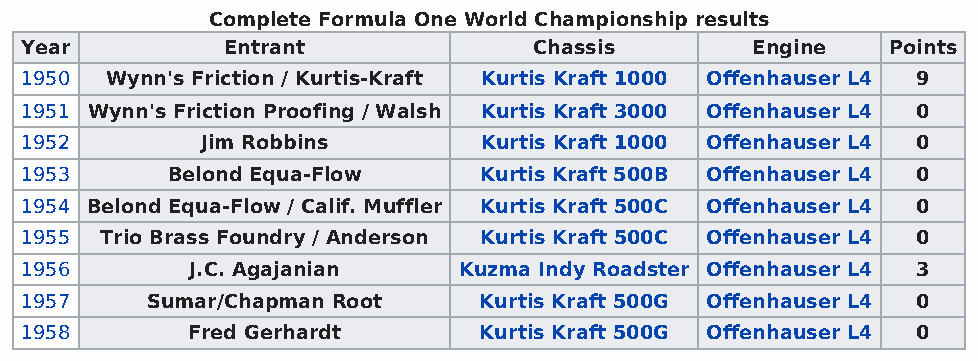
Complete Formula One World Championship results
 Year          Entrant             Chassis        Engine   Points
 1950  Wynn's Friction / Kurtis-Kraft Kurtis Kraft 1000 Offenhauser L4 9
 1951 Wynn's Friction Proofing / Walsh Kurtis Kraft 3000 Offenhauser L4 0
 1952        Jim Robbins        Kurtis Kraft 1000 Offenhauser L4 0
 1953      Belond Equa-Flow     Kurtis Kraft 500B Offenhauser L4 0
 1954 Belond Equa-Flow / Calif. Muffler Kurtis Kraft 500C Offenhauser L4 0
 1955  Trio Brass Foundry / Anderson Kurtis Kraft 500C Offenhauser L4 0
 1956        J.C. Agajanian   Kuzma Indy Roadster Offenhauser L4 3
 1957     Sumar/Chapman Root    Kurtis Kraft 500G Offenhauser L4 0
 1958       Fred Gerhardt       Kurtis Kraft 500G Offenhauser L4 0